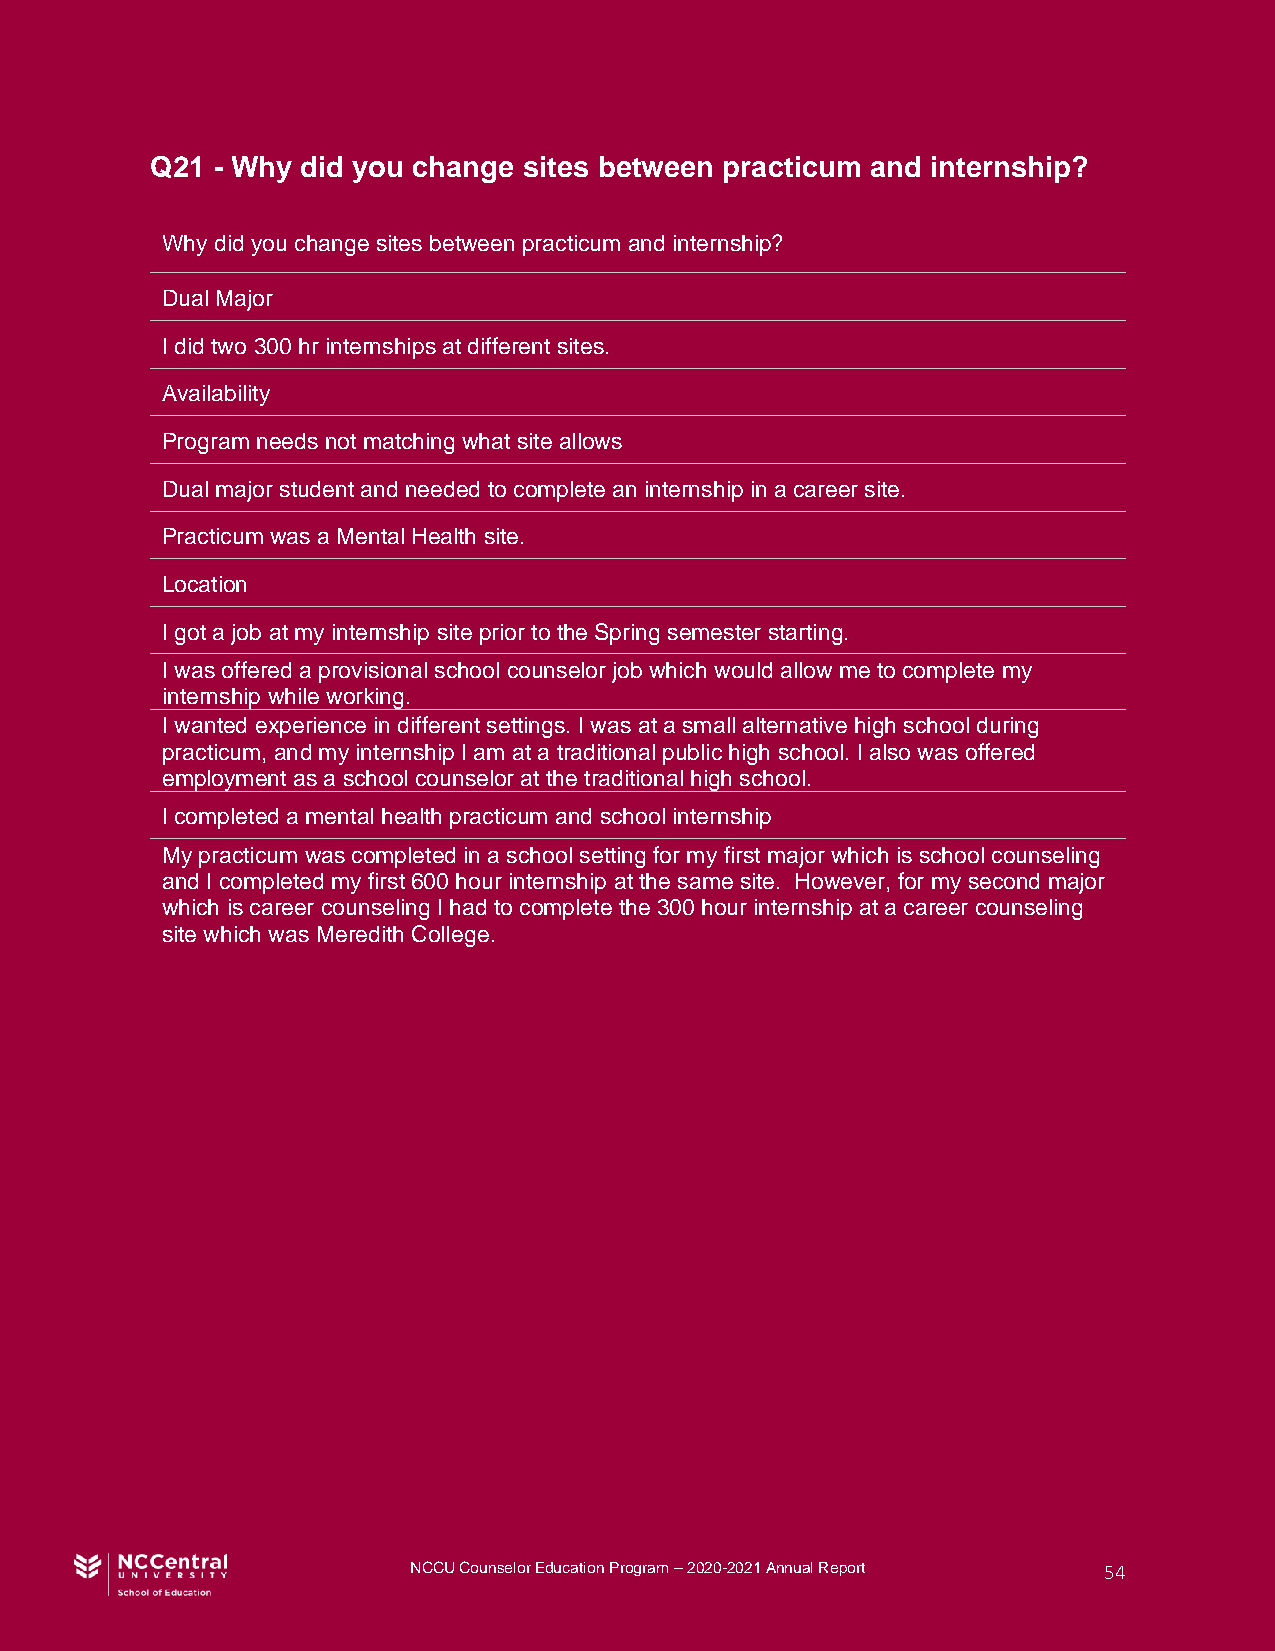
Q21 - Why did you change sites between practicum and internship?
 Why did you change sites between practicum and internship?
 Dual Major
 I did two 300 hr internships at different sites.
 Availability
 Program needs not matching what site allows
 Dual major student and needed to complete an internship in a career site.
 Practicum was a Mental Health site.
 Location
 I got a job at my internship site prior to the Spring semester starting.
 I was offered a provisional school counselor job which would allow me to complete my
 internship while working.
 I wanted experience in different settings. I was at a small alternative high school during
 practicum, and my internship I am at a traditional public high school. I also was offered
 employment as a school counselor at the traditional high school.
 I completed a mental health practicum and school internship
 My practicum was completed in a school setting for my first major which is school counseling
 and I completed my first 600 hour internship at the same site. However, for my second major
 which is career counseling I had to complete the 300 hour internship at a career counseling
 site which was Meredith College.
 NCCU Counselor Education Program – 2020-2021 Annual Report 54